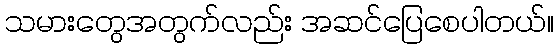
သမားတွေအတွက်လည်း အဆင်ပြေစေပါတယ်။